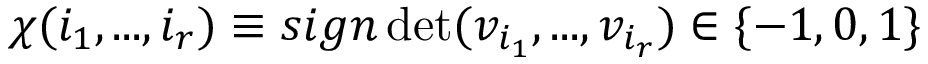
\chi ( i _ { 1 } , . . . , i _ { r } ) \equiv s i g n \operatorname * { d e t } ( v _ { i _ { 1 } } , . . . , v _ { i _ { r } } ) \in \{ - 1 , 0 , 1 \}